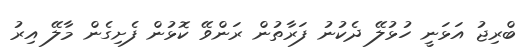
ބްރިޖު އަޅަނީ ހުޅުލޭ ދެކުނު ފަރާތުން ރަންވޭ ކޮޅުން ފެށިގެން މާލޭ އިރު